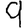
Digit: 9